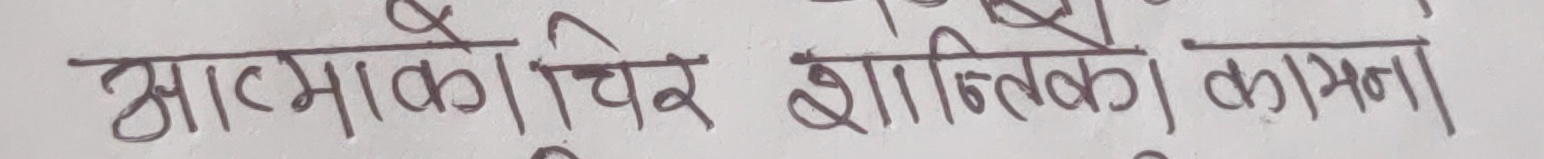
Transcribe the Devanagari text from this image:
आत्मको चिर शान्तिको कामना